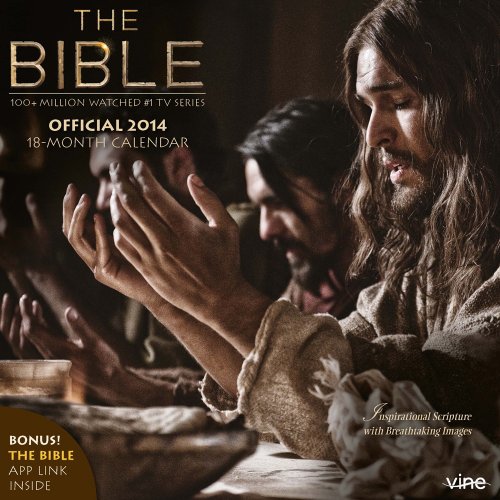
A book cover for The Bible Series 2014 (TV Series) Mini 7x7; BrownTrout Publishers; Calendars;